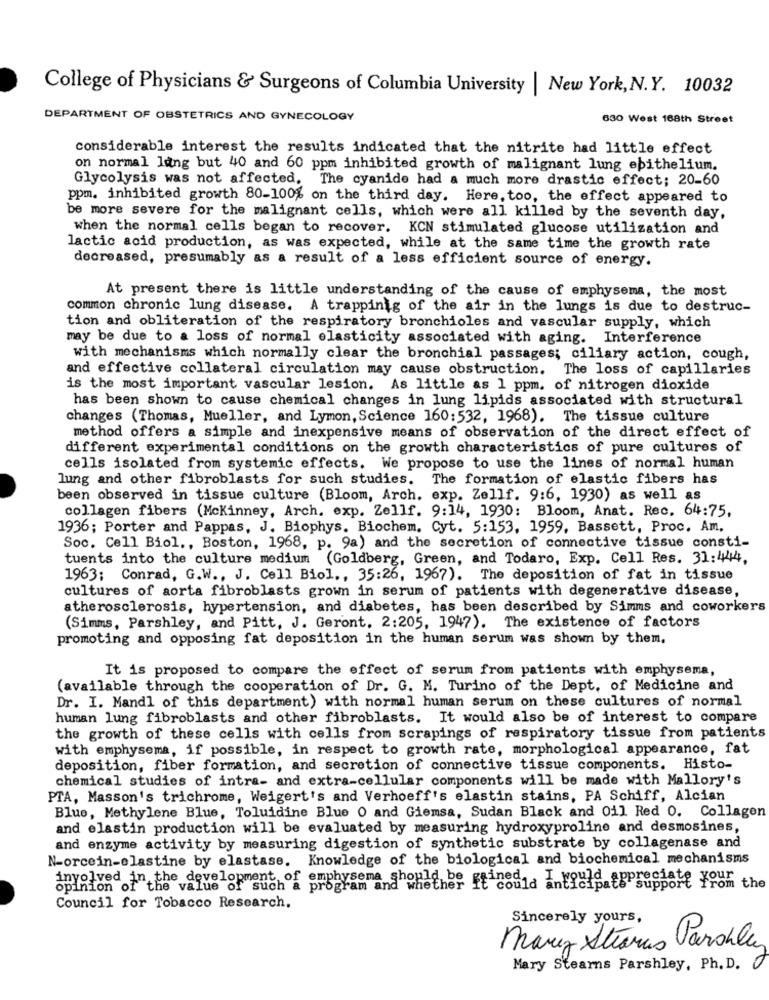
College of Physicians & Surgeons of Columbia University | New York, N.Y. 10032
DEPARTMENT OF OBSTETRICS AND GYNECOLOGY
630 West 168th Street
considerable interest the results indicated that the nitrite had little effect
on normal lang but 40 and 60 ppm inhibited growth of malignant lung epithelium.
Glycolysis was not affected. The cyanide had a much more drastic effect; 20-60
ppm. inhibited growth 80-100% on the third day. Here, too, the effect appeared to
be more severe for the malignant cells, which were all killed by the seventh day,
when the normal cells began to recover. KCN stimulated glucose utilization and
lactic acid production, as was expected, while at the same time the growth rate
decreased, presumably as a result of a less efficient source of energy.
At present there is little understanding of the cause of emphysema, the most
common chronic lung disease. A trappinig of the air in the lungs is due to destruc-
tion and obliteration of the respiratory bronchioles and vascular supply, which
may be due to a loss of normal elasticity associated with aging. Interference
with mechanisms which normally clear the bronchial passages; ciliary action, cough,
and effective collateral circulation may cause obstruction. The loss of capillaries
is the most important vascular lesion. As little as 1 ppm. of nitrogen dioxide
has been shown to cause chemical changes in lung lipids associated with structural
changes (Thomas, Mueller, and Lymon, Science 160: 532, 1968). The tissue culture
method offers a simple and inexpensive means of observation of the direct effect of
different experimental conditions on the growth characteristics of pure cultures of
cells isolated from systemic effects. We propose to use the lines of normal human
lung and other fibroblasts for such studies. The formation of elastic fibers has
been observed in tissue culture (Bloom, Arch. exp. Zellf. 9:6, 1930) as well as
collagen fibers (Mckinney, Arch. exp. Zellf. 9:14, 1930: Bloom, Anat. Rec. 64:75,
1936; Porter and Pappas, J. Biophys. Biochem. Cyt. 5:153, 1959, Bassett, Proc. Am,
Soc. Cell Biol ., Boston, 1968, p. 9a) and the secretion of connective tissue consti-
tuents into the culture medium (Goldberg, Green, and Todaro, Exp. Cell Res. 31: 444,
1963; Conrad, G.W ., J. Cell Biol ., 35:26, 1967). The deposition of fat in tissue
cultures of aorta fibroblasts grown in serum of patients with degenerative disease,
atherosclerosis, hypertension, and diabetes, has been described by Simms and coworkers
(Simms, Parshley, and Pitt, J. Geront. 2:205, 1947). The existence of factors
promoting and opposing fat deposition in the human serum was shown by them.
It is proposed to compare the effect of serum from patients with emphysema,
(available through the cooperation of Dr. G. M. Turino of the Dept. of Medicine and
Dr. I. Mandl of this department) with normal human serum on these cultures of normal
human lung fibroblasts and other fibroblasts. It would also be of interest to compare
the growth of these cells with cells from scrapings of respiratory tissue from patients
with emphysema, if possible, in respect to growth rate, morphological appearance, fat
deposition, fiber formation, and secretion of connective tissue components. Histo-
chemical studies of intra- and extra-cellular components will be made with Mallory's
PTA, Masson's trichrome, Weigert's and Verhoeff's elastin stains, PA Schiff, Alcian
Blue, Methylene Blue, Toluidine Blue O and Giemsa, Sudan Black and Oil Red 0. Collagen
and elastin production will be evaluated by measuring hydroxyproline and desmosines,
and enzyme activity by measuring digestion of synthetic substrate by collagenase and
N-orcein-elastine by elastase. Knowledge of the biological and biochemical mechanisms
involved in the development of emphysema should be
opinion of the value of such a program and whether ft cog1. I would appreciate your
support from the
Council for Tobacco Research.
Sincerely yours,
maruz Stearns Parahla
Mary Stearns Parshley, Ph. D. O